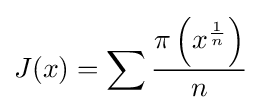
J(x)=\sum {\frac {\pi \left(x^{\frac {1}{n}}\right)}{n}}